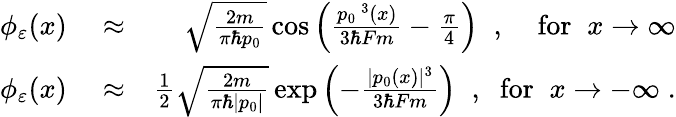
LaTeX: \begin{array}{rlr}{\phi_{\varepsilon}(x)}&{{}\approx}&{\sqrt{\frac{2m}{\pi\hbar p_{0}}}\cos\left(\frac{p_{0}\, ^{3}(x)}{3\hbar Fm}-\frac{\pi}{4}\right)\; \; ,\; \; \; \; \mathrm{for}\; \; x\to\infty}\\ {\phi_{\varepsilon}(x)}&{{}\approx}&{\frac{1}{2}\sqrt{\frac{2m}{\pi\hbar|p_{0}|}}\exp\left(-\frac{|p_{0}(x)|^{3}}{3\hbar Fm}\right)\; \; ,\; \; \mathrm{for}\; \; x\to-\infty\; .}\end{array}